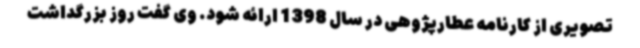
تصویری از کارنامه عطارپژوهی در سال 1398 ارائه شود. وی گفت روز بزرگداشت